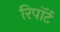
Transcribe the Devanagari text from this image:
रिपॉर्ट